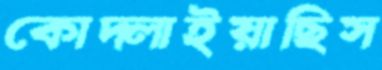
কোদ্‌লাইয়াছিস